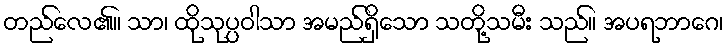
တည်လေ၏။ သာ၊ ထိုသုပ္ပဝါသာ အမည်ရှိသော သတို့သမီး သည်။ အပရဘာဂေ၊